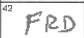
Transcription: FRD